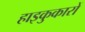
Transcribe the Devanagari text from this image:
हाइकुकारों